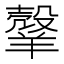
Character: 𦎼